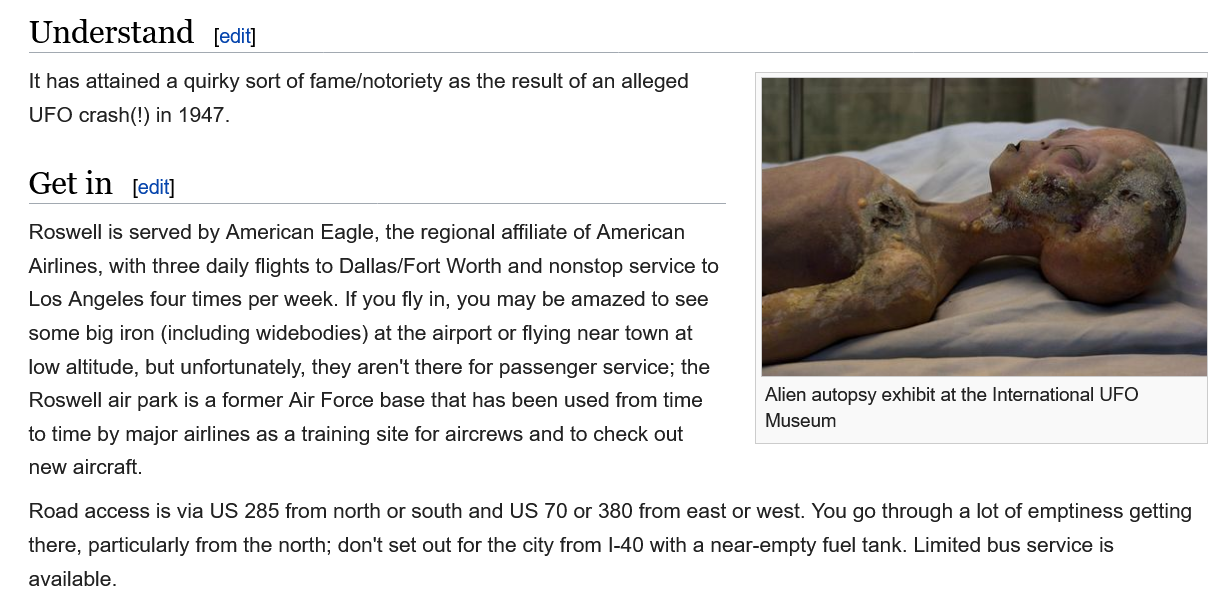
Understand
   Get in
     Alien autopsy exhibit at the International UFO
     Museum
   It has attained a quirky sort of fame/notoriety as the result of an alleged
   UFO crash(!) in 1947.
     [edit]
     [edit]
   Roswell is served by American Eagle, the regional affiliate of American
   Airlines, with three daily flights to Dallas/Fort Worth and nonstop service to
   Los Angeles four times per week. If you fly in, you may be amazed to see
   some big iron (including widebodies) at the airport or flying near town at
   low altitude, but unfortunately, they aren't there for passenger service; the
   Roswell air park is a former Air Force base that has been used from time
   to time by major airlines as
   a
     training site for aircrews and to check out
   new aircraft.
   Road access is via US 285 from north or south and US 70 or 380 from east or west. You go through a lot of emptiness getting
   there, particularly from the north; don't set out for the city from I-40 with a near-empty fuel tank. Limited bus service is
   available.